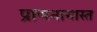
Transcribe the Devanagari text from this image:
प्राणनामास्त